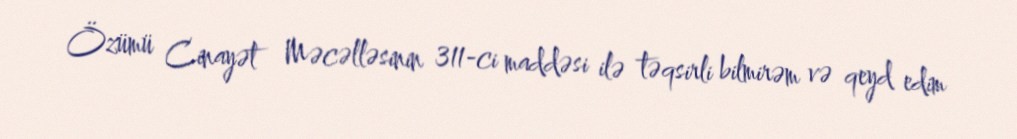
Özümü Cinayət Məcəlləsinin 311-ci maddəsi ilə təqsirli bilmirəm və qeyd edim